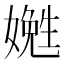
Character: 嬎